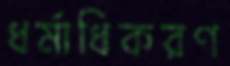
ধর্মাধিকরণ